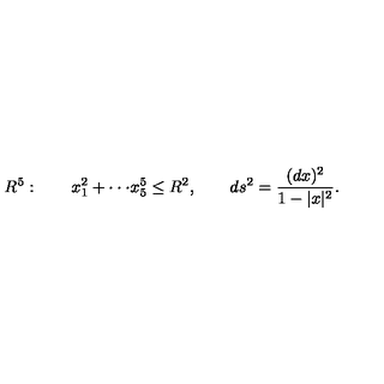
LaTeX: R ^ { 5 } : \qquad x _ { 1 } ^ { 2 } + \cdot \cdot \cdot x _ { 5 } ^ { 5 } \le R ^ { 2 } , \qquad d s ^ { 2 } = { \frac { ( d x ) ^ { 2 } } { 1 - | x | ^ { 2 } } } .